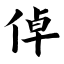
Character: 倬